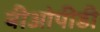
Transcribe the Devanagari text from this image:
बीओपीडी